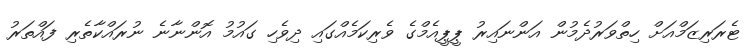
ޓެރަރިޒަމްއަށް ހިތްވަރުދެމުން އަންނައިރު ޕީޕީއެމްގެ ވެރިކަމެއްގައި ދިވެހި ގައުމު އޮންނާނެ ނުރައްކާތެރި ފައްތަރު